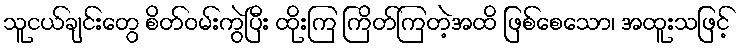
သူငယ်ချင်းတွေ စိတ်ဝမ်းကွဲပြီး ထိုးကြ ကြိတ်ကြတဲ့အထိ ဖြစ်စေသော၊ အထူးသဖြင့်